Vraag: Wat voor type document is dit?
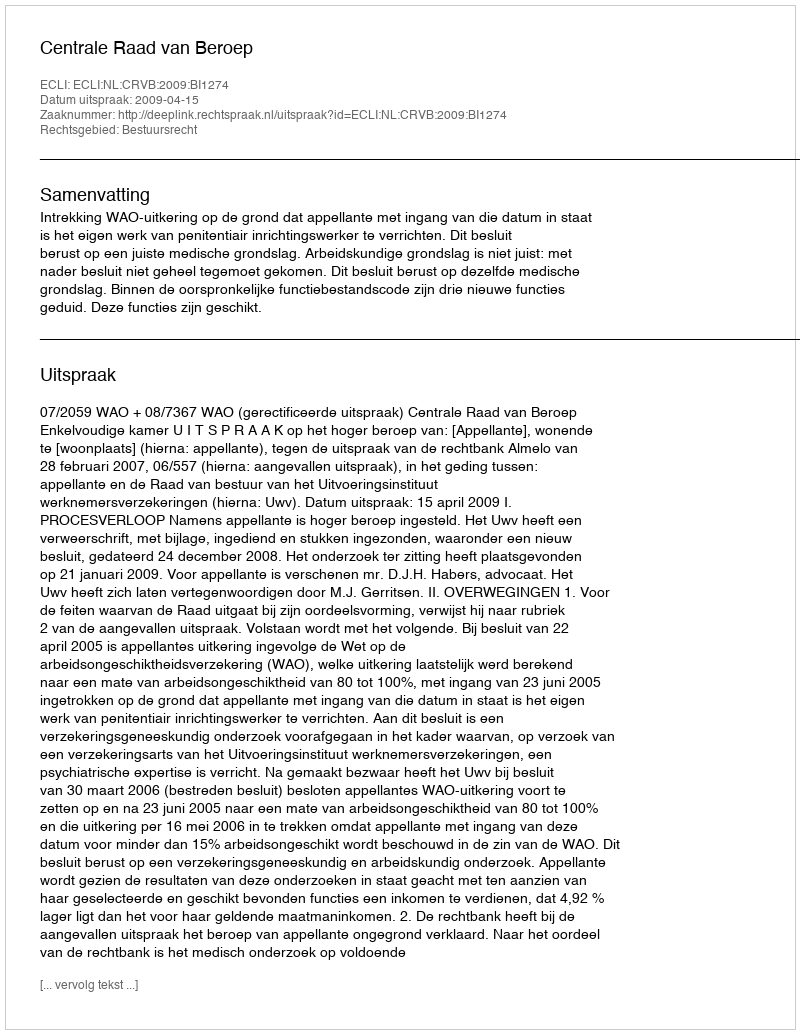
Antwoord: Uitspraak